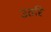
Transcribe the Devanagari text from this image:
उतरि